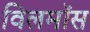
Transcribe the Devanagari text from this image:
विलमॉस